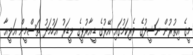
މީގެ އިތުރުން ނަޝީދުގެ ވެރިކަމުގައި އޭރުގެ ޑީއާރުޕީގެ ލީޑަރު އަހުމަދު ތަސްމީން އަލީއާ